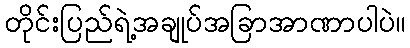
တိုင်းပြည်ရဲ့အချုပ်အခြာအာဏာပါပဲ။